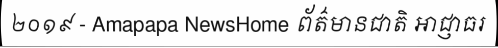
២០១៩ - Amapapa NewsHome ព័ត៌មានជាតិ អាជ្ញាធរ